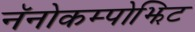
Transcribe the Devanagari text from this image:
नॅनोकम्पोझिट